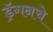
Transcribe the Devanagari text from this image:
ड्रॅगनचे